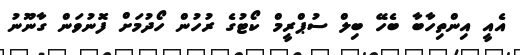
އެއީ އިންތިހާބާ ބެހޭ ބިލް ސުޕްރީމް ކޯޓުގެ ރުހުން ހޯދުމަށް ފޮނުވަން ގާނޫނު